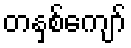
တနှစ်ကျော်